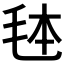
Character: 𭯓